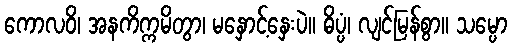
ကောလဝိ၊ အနကိက္ကမိတွာ၊ မနှောင့်နှေးပဲ။ ဓိပ္ပံ၊ လျင်မြန်စွာ။ သမ္ပော